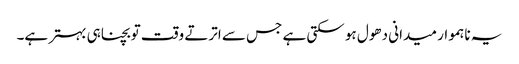
یہ ناہموار میدانی دھول ہو سکتی ہے جس سے اترتے وقت تو بچنا ہی بہتر ہے۔